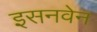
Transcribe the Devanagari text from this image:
इसनवेन